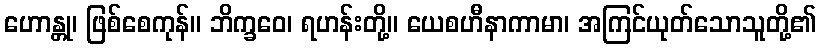
ဟောန္တု၊ ဖြစ်စေကုန်။ ဘိက္ခဝေ၊ ရဟန်းတို့။ ယေစဟီနာကာမာ၊ အကြင်ယုတ်သောသူတို့၏